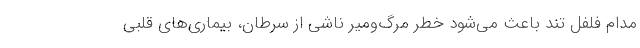
مدام فلفل تند باعث می‌شود خطر مرگ‌ومیر ناشی از سرطان، بیماری‌های قلبی